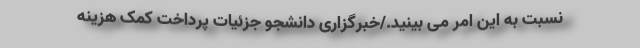
نسبت به این امر می بینید./خبرگزاری دانشجو جزئیات پرداخت کمک هزینه